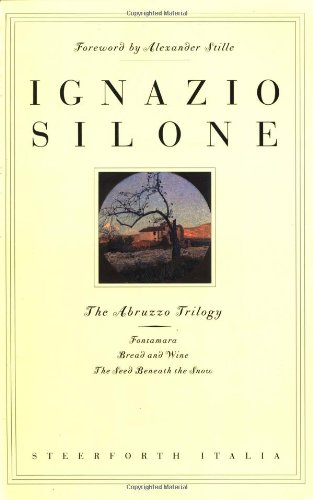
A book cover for The Abruzzo Trilogy: Fontamara, Bread and Wine, The Seed Beneath the Snow (v. 1-3); Ignazio Silone; Literature & Fiction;